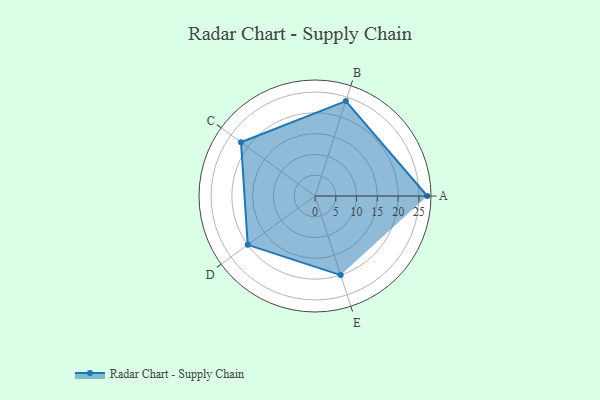
{"axis": {"x": "Skill", "y": "Score"}, "legend": ["Profile"], "data": [{"x": "A", "y": 27.0, "type": "Profile"}, {"x": "B", "y": 24.0, "type": "Profile"}, {"x": "C", "y": 22.0, "type": "Profile"}, {"x": "D", "y": 20, "type": "Profile"}, {"x": "E", "y": 20, "type": "Profile"}]}